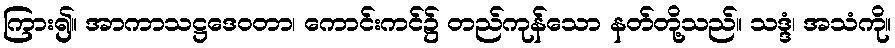
ကြား၍။ အာကာသဋ္ဌဒေဝတာ၊ ကောင်းကင်၌ တည်ကုန်သော နတ်တို့သည်။ သဒ္ဒံ၊ အသံကို။